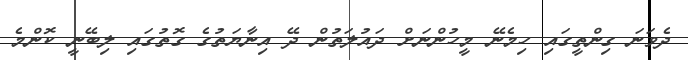
ދެވަނަ ގިންތީގައި ހިމެނޭ މީހުންނަށް ދައުލަތުން ދޭ އިނާޔަތުގެ ގޮތުގައި ލިބޭނީ ކޮންމެ